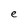
Character: e